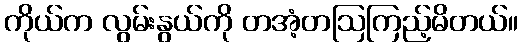
ကိုယ်က လွမ်းနွယ်ကို တအံ့တဩကြည့်မိတယ်။